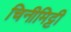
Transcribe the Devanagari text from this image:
चिनीमिट्टी